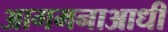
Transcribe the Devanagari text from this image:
आगमनाआधी